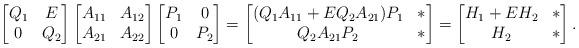
LaTeX: \begin{align*} \begin{bmatrix} Q_1& E\\ 0 & Q_2\end{bmatrix} \begin{bmatrix} A_{11} & A_{12}\\ A_{21} & A_{22}\end{bmatrix} \begin{bmatrix} P_1& 0\\ 0 & P_2\end{bmatrix} = \begin{bmatrix} (Q_1 A_{11} + E Q_2 A_{21})P_1& *\\ Q_2 A_{21}P_2 & *\end{bmatrix} = \begin{bmatrix} H_1 + EH_2& *\\ H_2 & *\end{bmatrix} .\end{align*}